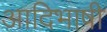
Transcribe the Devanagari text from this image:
आदिभाषी